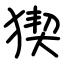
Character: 猰